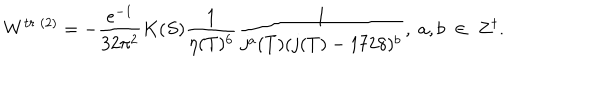
W ^ { t r \; ( 2 ) } = - \frac { e ^ { - 1 } } { 3 2 \pi ^ { 2 } } K ( S ) \frac { 1 } { \eta ( T ) ^ { 6 } } \frac { 1 } { j ^ { a } ( T ) ( j ( T ) - 1 7 2 8 ) ^ { b } } , \; a , b \; \in \; Z ^ { \dagger } .